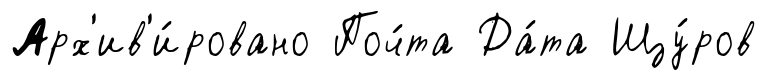
Арх'ив'и́ровано Поч́та Да́та Щу́ров